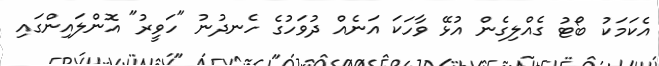
އެކަމަކު ބޯޓު ގެއްލިގެން އުޅޭ ވާހަކަ އަނެއް ދުވަހުގެ ހެނދުނު "ހަވީރު" އޮންލައިންގައި